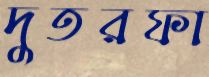
দুতরফা